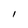
Character: l